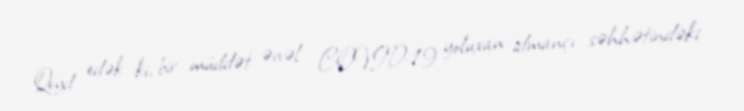
Qeyd edək ki, bir müddət əvvəl COVID-19 yoluxan idmançı səhhətindəki